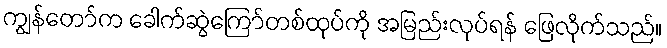
ကျွန်တော်က ခေါက်ဆွဲကြော်တစ်ထုပ်ကို အမြည်းလုပ်ရန် ဖြေလိုက်သည်။